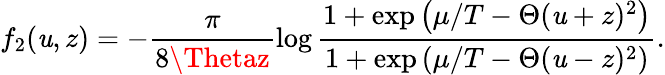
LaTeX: f_{2}(\mathit{u},z)=-\frac{{\pi}}{{8\Thetaz}}\log\frac{{1+\exp\left({\mu}/{T}-\Theta(\mathit{u}+z)^{2}\right)}}{{1+\exp\left({\mu}/{T}-\Theta(\mathit{u}-z)^{2}\right)}}.